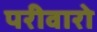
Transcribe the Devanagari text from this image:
परीवारो